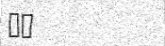
٢٠